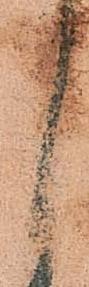
月